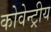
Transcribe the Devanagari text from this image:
कोवेन्ट्रीय